Leningradi_Edasi_toimetus, lk 72
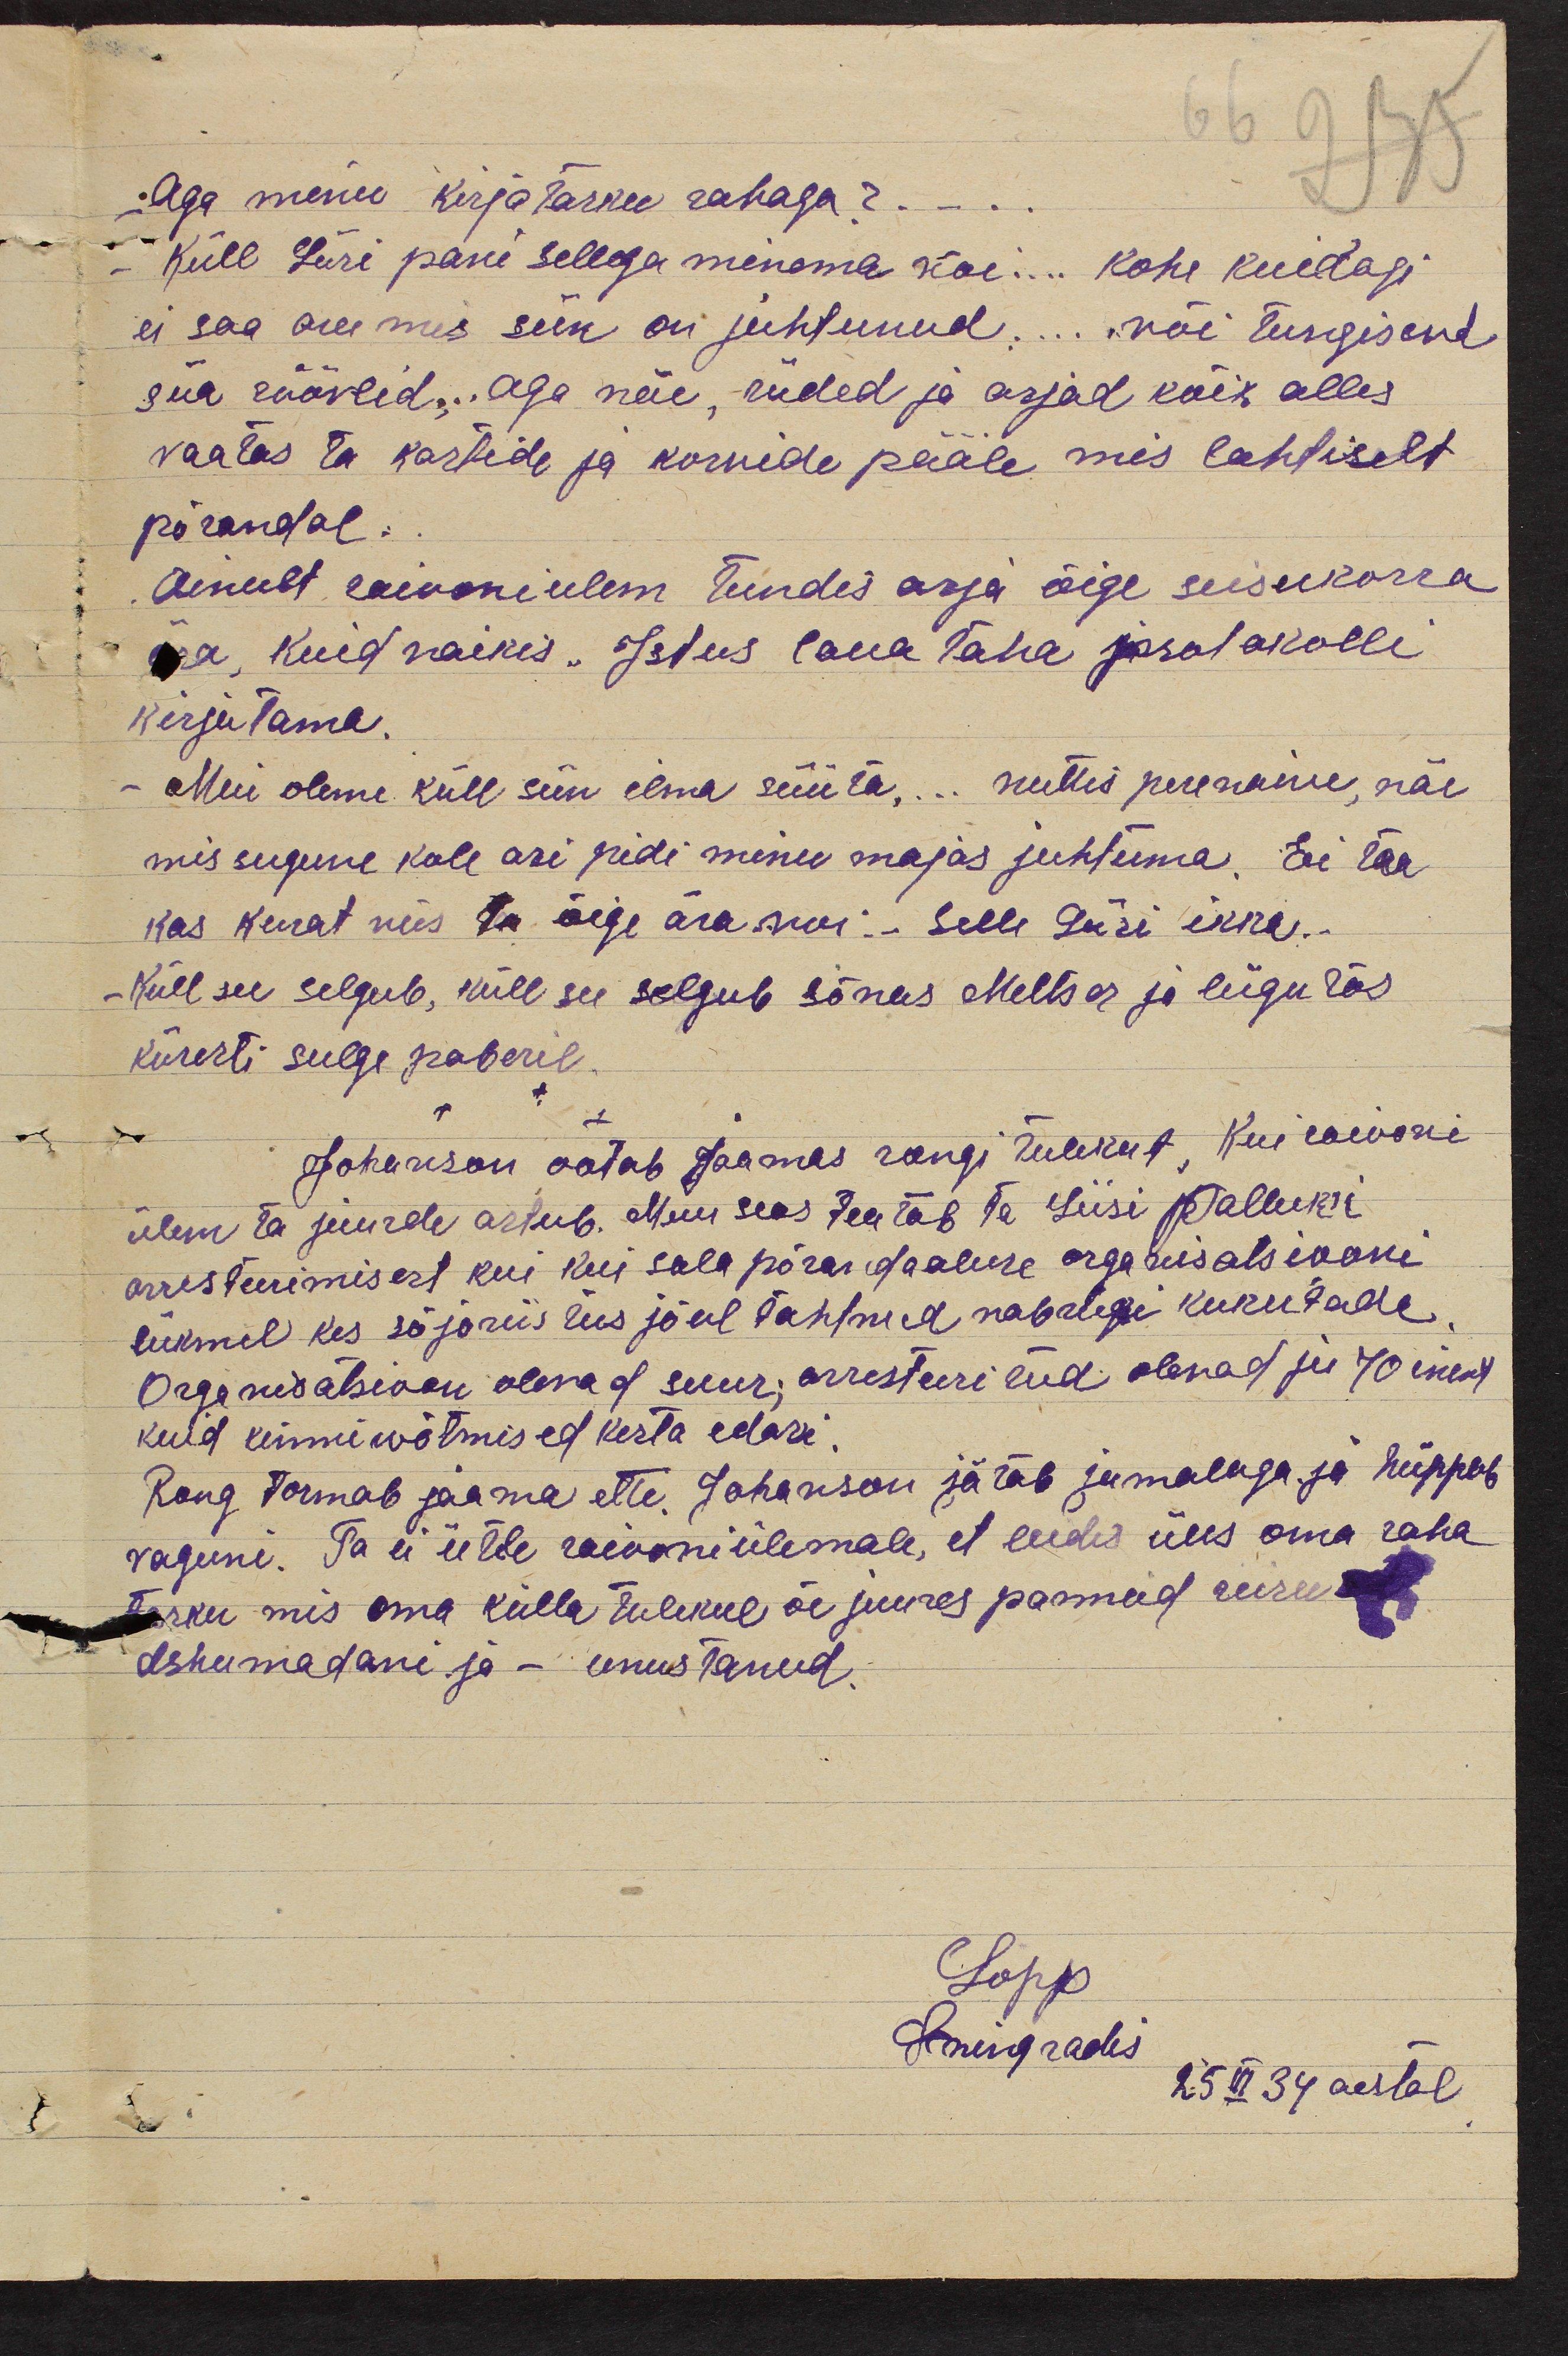
Aga minu kirjatasku rahaga?..
Küll Liisi pani sellega minema või... Kohe kuidagi
ei saa aru mis siin on juhtunud... või tungisend
siia röövlid,.. aga näe, riided ja asjad kõik alles
vaatas ta kastide ja korvide pääle mis lahtiselt
põrandal.
Ainult raiooniülem tundis asja õige seisukorra
ära, kuid vaikis. Istus laua taha protokolli
kirjutama.
- Meie oleme küll siin ilma süüta,... nuttis perenaine, näe
mis sugune kole asi pidi minu majas juhtuma. Ei tea
kas kurat viis ta õige ära voi.. Selle Liisi ikka..
Küll see selgub, küll see selgub sõnas Meltser ja liigutas
kiiresti sulge paberil.
Johanson ootab jaamas rongi tulekut, kui raiooni
ülem ta juurde astub. Muu seas teatab ta Liisi Palluk'i
arresteerimisest kui kui sala põrandaaluse organisatsiooni
liikmel kes sõjariistus jõul tahtnud vabriigi kukutada
Organisatsioon olevad suur; arresteeritud olevad ju 70 inemst
kuid kinniwõtmised kesta edasi
Rong tormab jaama ette. Johanson jätab jumalaga ja hüppab
vaguni. Ta ei ütle raiooniülemale, et leidis üles oma raha
tasku mis oma külla tulekul õe juures pannud reisu
dshumadani ja - unustanud.

Lopp
Lenigradis 25 III 34 aastal